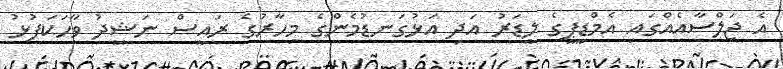
އެ ޖަލްސާއެއްގައި އެމްޑީޕީގެ ލީޑަރު އަދި އަޅުގަނޑުމެންގެ މިހާރުގެ ރައީސް ނަޝީދު ވާހަކަފުޅު